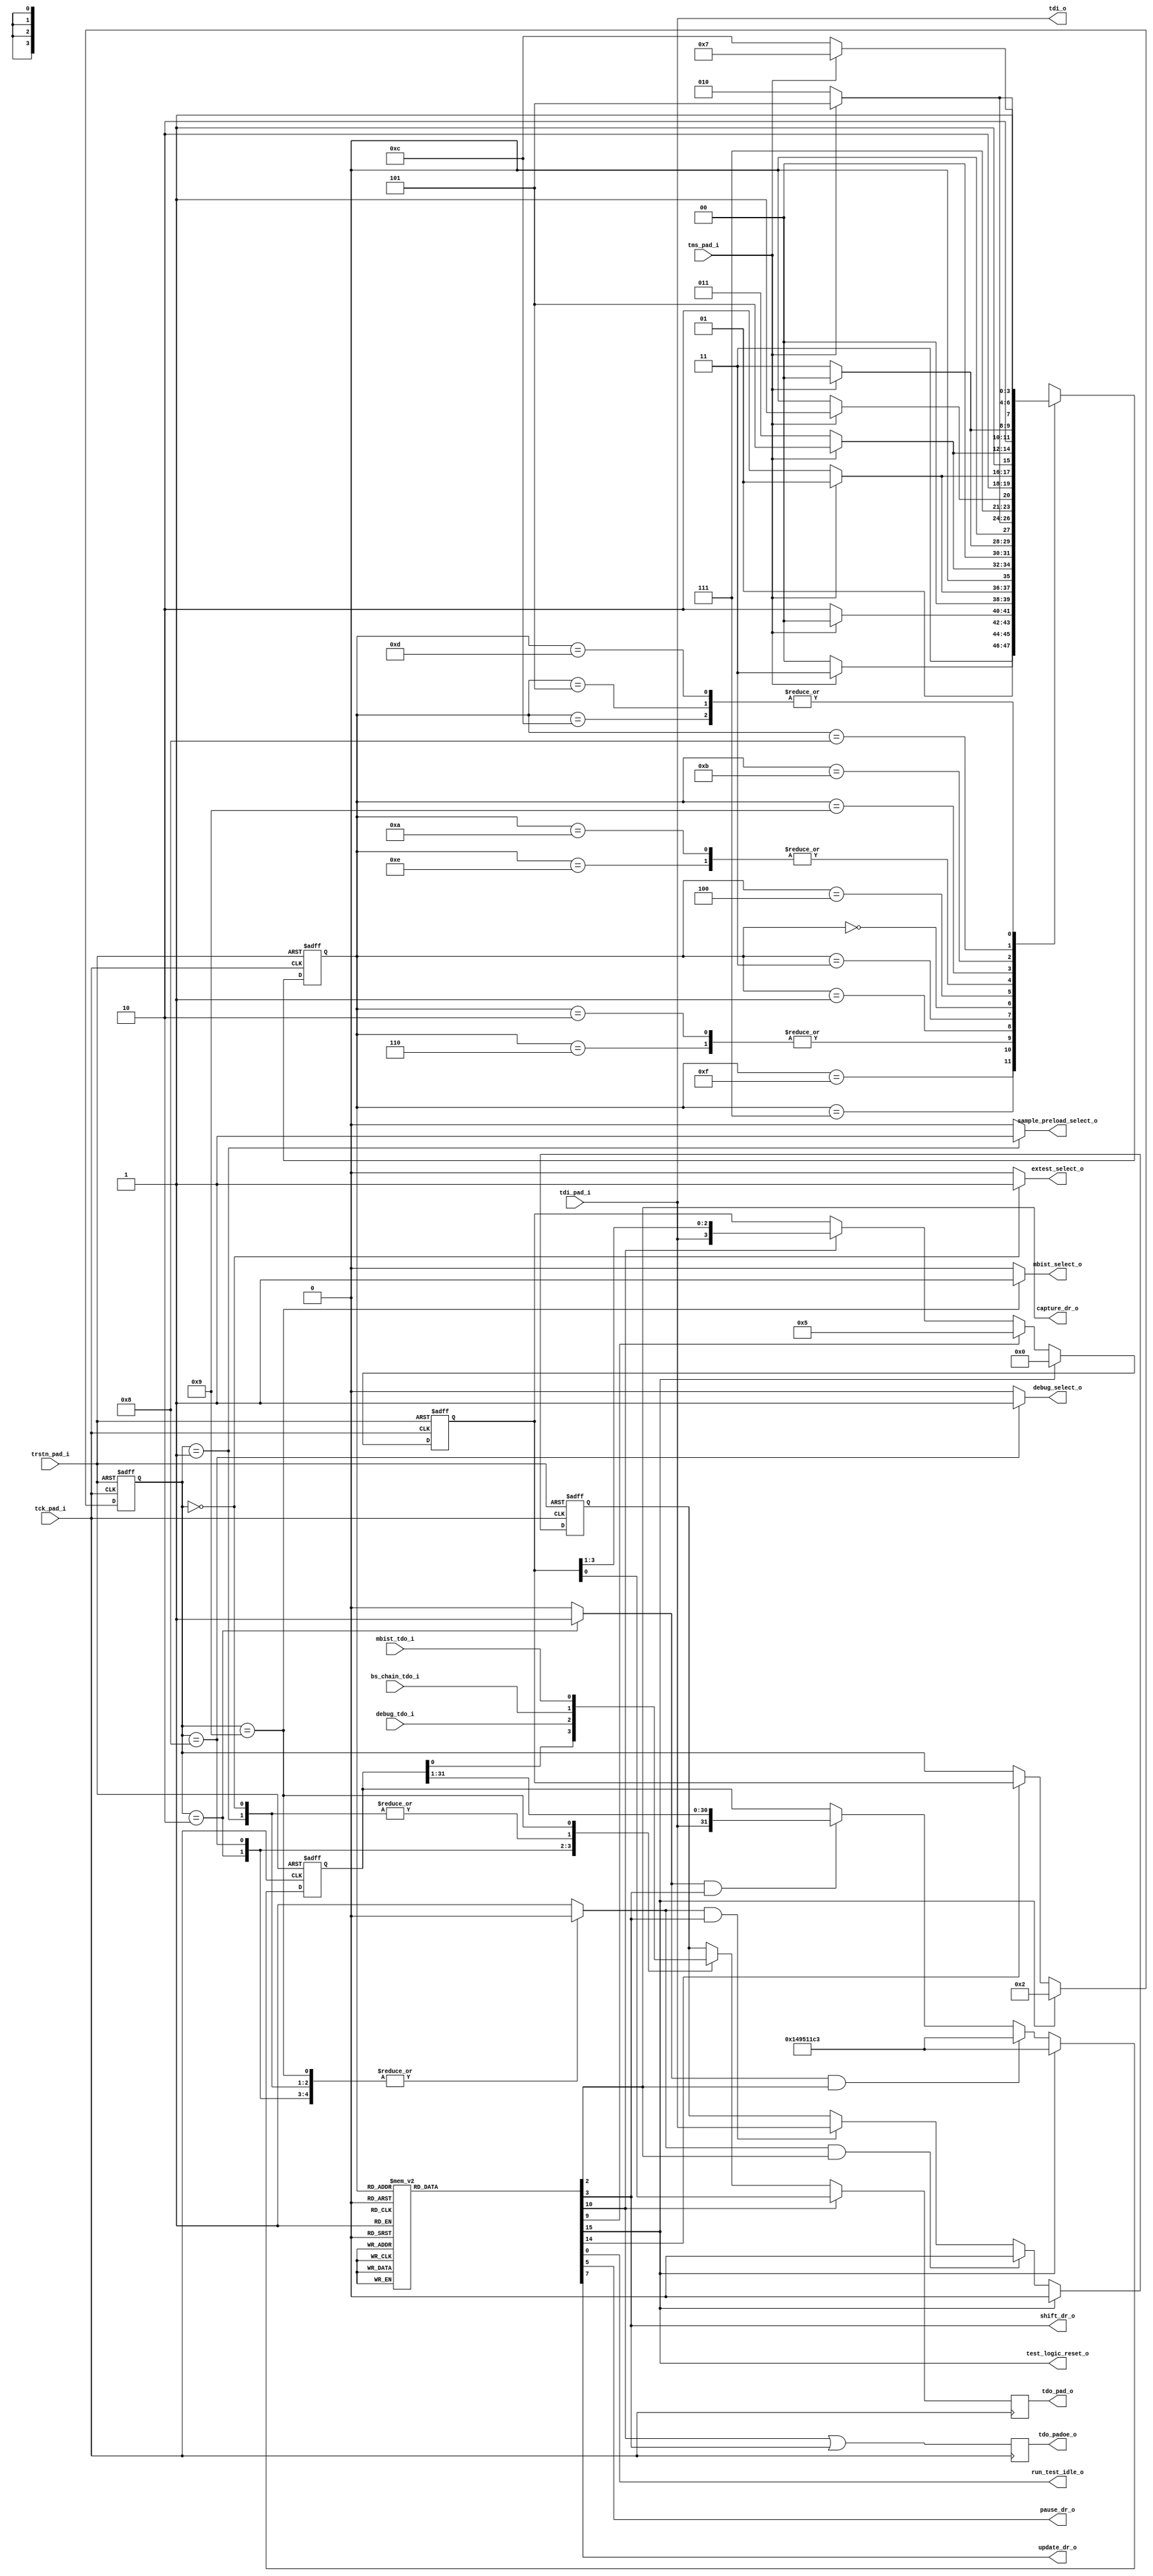
`timescale 1ns / 1ps
//////////////////////////////////////////////////////////////////////////////////
// Company: 
// Engineer: 
// 
// Design Name: 
// Module Name: tap_top
// Project Name: 
// Target Devices: 
// Tool Versions: 
// Description: 
// 
// Dependencies: 
// 
// Revision:
// Revision 0.01 - File Created
// Additional Comments:
// 
//////////////////////////////////////////////////////////////////////////////////

// Define IDCODE Value
`define IDCODE_VALUE  32'h149511c3
// 0001             version
// 0100100101010001 part number (IQ)
// 00011100001      manufacturer id (flextronics)
// 1                required by standard

// Length of the Instruction register
`define	IR_LENGTH	4

// Supported Instructions
`define EXTEST          4'b0000
`define SAMPLE_PRELOAD  4'b0001
`define IDCODE          4'b0010
`define DEBUG           4'b1000
`define MBIST           4'b1001
`define BYPASS          4'b1111
 
module tap_top(
                // JTAG pads
                tms_pad_i, 
                tck_pad_i, 
                trstn_pad_i, 
                tdi_pad_i, 
                tdo_pad_o, 
                tdo_padoe_o,

                // TAP states
				test_logic_reset_o,
				run_test_idle_o,
                shift_dr_o,
                pause_dr_o, 
                update_dr_o,
                capture_dr_o,
                
                // Select signals for boundary scan or mbist
                extest_select_o, 
                sample_preload_select_o,
                mbist_select_o,
                debug_select_o,
                
                // TDO signal that is connected to TDI of sub-modules.
                tdi_o, 
                
                // TDI signals from sub-modules
                debug_tdo_i,    // from debug module
                bs_chain_tdo_i, // from Boundary Scan Chain
                mbist_tdo_i     // from Mbist Chain
              );


// JTAG pins
input   tms_pad_i;      // JTAG test mode select pad
input   tck_pad_i;      // JTAG test clock pad
input   trstn_pad_i;     // JTAG test reset pad
input   tdi_pad_i;      // JTAG test data input pad
output  tdo_pad_o;      // JTAG test data output pad
output  tdo_padoe_o;    // Output enable for JTAG test data output pad 

// TAP states
output  test_logic_reset_o;
output  run_test_idle_o;
output  shift_dr_o;
output  pause_dr_o;
output  update_dr_o;
output  capture_dr_o;

// Select signals for boundary scan or mbist
output  extest_select_o;
output  sample_preload_select_o;
output  mbist_select_o;
output  debug_select_o;

// TDO signal that is connected to TDI of sub-modules.
output  tdi_o;

// TDI signals from sub-modules
input   debug_tdo_i;    // from debug module
input   bs_chain_tdo_i; // from Boundary Scan Chain
input   mbist_tdo_i;    // from Mbist Chain

// Wires which depend on the state of the TAP FSM
reg     test_logic_reset;
reg     run_test_idle;
reg     select_dr_scan;
reg     capture_dr;
reg     shift_dr;
reg     exit1_dr;
reg     pause_dr;
reg     exit2_dr;
reg     update_dr;
reg     select_ir_scan;
reg     capture_ir;
reg     shift_ir;
reg     exit1_ir;
reg     pause_ir;
reg     exit2_ir;
reg     update_ir;

// Wires which depend on the current value in the IR
reg     extest_select;
reg     sample_preload_select;
reg     idcode_select;
reg     mbist_select;
reg     debug_select;
reg     bypass_select;

// TDO and enable
reg     tdo_pad_o;
reg     tdo_padoe_o;

assign tdi_o = tdi_pad_i;

assign test_logic_reset_o = test_logic_reset;
assign run_test_idle_o = run_test_idle;
assign shift_dr_o = shift_dr;
assign pause_dr_o = pause_dr;
assign update_dr_o = update_dr;
assign capture_dr_o = capture_dr;

assign extest_select_o = extest_select;
assign sample_preload_select_o = sample_preload_select;
assign mbist_select_o = mbist_select;
assign debug_select_o = debug_select;


/**********************************************************************************
*                                                                                 *
*   TAP State Machine: Fully JTAG compliant                                       *
*                                                                                 *
**********************************************************************************/
// Definition of machine state values.  We could one-hot encode this, and use 16
// registers, but this uses binary encoding for the minimum of 4 DFF's instead.
`define STATE_test_logic_reset 4'hF // 4'b1111
`define STATE_run_test_idle    4'hC // 4'b1100
`define STATE_select_dr_scan   4'h7 // 4'b0111
`define STATE_capture_dr       4'h6 // 4'b0110
`define STATE_shift_dr         4'h2 // 4'b0010
`define STATE_exit1_dr         4'h1 // 4'b0001
`define STATE_pause_dr         4'h3 // 4'b0011
`define STATE_exit2_dr         4'h0 // 4'b0000
`define STATE_update_dr        4'h5 // 4'b0101
`define STATE_select_ir_scan   4'h4 // 4'b0100
`define STATE_capture_ir       4'hE // 4'b1110
`define STATE_shift_ir         4'hA // 4'b1010
`define STATE_exit1_ir         4'h9 // 4'b1001
`define STATE_pause_ir         4'hB // 4'b1011
`define STATE_exit2_ir         4'h8 // 4'b1000
`define STATE_update_ir        4'hD // 4'b1101

reg [3:0] TAP_state = `STATE_test_logic_reset;  // current state of the TAP controller
reg [3:0] next_TAP_state;  // state TAP will take at next rising TCK, combinational signal

// sequential part of the FSM
always @ (posedge tck_pad_i or negedge trstn_pad_i)
begin
	if(trstn_pad_i == 0)
		TAP_state = `STATE_test_logic_reset;
	else
		TAP_state = next_TAP_state;
end


// Determination of next state; purely combinatorial
always @ (TAP_state or tms_pad_i)
begin
	case(TAP_state)
		`STATE_test_logic_reset:
			begin
			if(tms_pad_i) next_TAP_state = `STATE_test_logic_reset; 
			else next_TAP_state = `STATE_run_test_idle;
			end
		`STATE_run_test_idle:
			begin
			if(tms_pad_i) next_TAP_state = `STATE_select_dr_scan; 
			else next_TAP_state = `STATE_run_test_idle;
			end
		`STATE_select_dr_scan:
			begin
			if(tms_pad_i) next_TAP_state = `STATE_select_ir_scan; 
			else next_TAP_state = `STATE_capture_dr;
			end
		`STATE_capture_dr:
			begin
			if(tms_pad_i) next_TAP_state = `STATE_exit1_dr; 
			else next_TAP_state = `STATE_shift_dr;
			end
		`STATE_shift_dr:
			begin
			if(tms_pad_i) next_TAP_state = `STATE_exit1_dr; 
			else next_TAP_state = `STATE_shift_dr;
			end
		`STATE_exit1_dr:
			begin
			if(tms_pad_i) next_TAP_state = `STATE_update_dr; 
			else next_TAP_state = `STATE_pause_dr;
			end
		`STATE_pause_dr:
			begin
			if(tms_pad_i) next_TAP_state = `STATE_exit2_dr; 
			else next_TAP_state = `STATE_pause_dr;
			end
		`STATE_exit2_dr:
			begin
			if(tms_pad_i) next_TAP_state = `STATE_update_dr; 
			else next_TAP_state = `STATE_shift_dr;
			end
		`STATE_update_dr:
			begin
			if(tms_pad_i) next_TAP_state = `STATE_select_dr_scan; 
			else next_TAP_state = `STATE_run_test_idle;
			end
		`STATE_select_ir_scan:
			begin
			if(tms_pad_i) next_TAP_state = `STATE_test_logic_reset;
			else next_TAP_state = `STATE_capture_ir;
			end
		`STATE_capture_ir:
			begin
			if(tms_pad_i) next_TAP_state = `STATE_exit1_ir; 
			else next_TAP_state = `STATE_shift_ir;
			end
		`STATE_shift_ir:
			begin
			if(tms_pad_i) next_TAP_state = `STATE_exit1_ir; 
			else next_TAP_state = `STATE_shift_ir;
			end
		`STATE_exit1_ir:
			begin
			if(tms_pad_i) next_TAP_state = `STATE_update_ir;
			else next_TAP_state = `STATE_pause_ir;
			end
		`STATE_pause_ir:
			begin
			if(tms_pad_i) next_TAP_state = `STATE_exit2_ir;
			else next_TAP_state = `STATE_pause_ir;
			end
		`STATE_exit2_ir:
			begin
			if(tms_pad_i) next_TAP_state = `STATE_update_ir;
			else next_TAP_state = `STATE_shift_ir;
			end
		`STATE_update_ir:
			begin
			if(tms_pad_i) next_TAP_state = `STATE_select_dr_scan;
			else next_TAP_state = `STATE_run_test_idle;
			end
		default: next_TAP_state = `STATE_test_logic_reset;  // can't actually happen
	endcase
end


// Outputs of state machine, pure combinatorial
always @ (TAP_state)
begin
	// Default everything to 0, keeps the case statement simple
	test_logic_reset = 1'b0;
	run_test_idle = 1'b0;
	select_dr_scan = 1'b0;
	capture_dr = 1'b0;
	shift_dr = 1'b0;
	exit1_dr = 1'b0;
	pause_dr = 1'b0;
	exit2_dr = 1'b0;
	update_dr = 1'b0;
	select_ir_scan = 1'b0;
	capture_ir = 1'b0;
	shift_ir = 1'b0;
	exit1_ir = 1'b0;
	pause_ir = 1'b0;
	exit2_ir = 1'b0;
	update_ir = 1'b0;

	case(TAP_state)
		`STATE_test_logic_reset: test_logic_reset = 1'b1;
		`STATE_run_test_idle:    run_test_idle = 1'b1;
		`STATE_select_dr_scan:   select_dr_scan = 1'b1;
		`STATE_capture_dr:       capture_dr = 1'b1;
		`STATE_shift_dr:         shift_dr = 1'b1;
		`STATE_exit1_dr:         exit1_dr = 1'b1;
		`STATE_pause_dr:         pause_dr = 1'b1;
		`STATE_exit2_dr:         exit2_dr = 1'b1;
		`STATE_update_dr:        update_dr = 1'b1;
		`STATE_select_ir_scan:   select_ir_scan = 1'b1;
		`STATE_capture_ir:       capture_ir = 1'b1;
		`STATE_shift_ir:         shift_ir = 1'b1;
		`STATE_exit1_ir:         exit1_ir = 1'b1;
		`STATE_pause_ir:         pause_ir = 1'b1;
		`STATE_exit2_ir:         exit2_ir = 1'b1;
		`STATE_update_ir:        update_ir = 1'b1;
		default: ;
	endcase
end

/**********************************************************************************
*                                                                                 *
*   End: TAP State Machine                                                        *
*                                                                                 *
**********************************************************************************/



/**********************************************************************************
*                                                                                 *
*   jtag_ir:  JTAG Instruction Register                                           *
*                                                                                 *
**********************************************************************************/
reg [`IR_LENGTH-1:0]  jtag_ir;          // Instruction register
reg [`IR_LENGTH-1:0]  latched_jtag_ir; //, latched_jtag_ir_neg;
wire                  instruction_tdo;

always @ (posedge tck_pad_i or negedge trstn_pad_i)
begin
  if(trstn_pad_i == 0)
    jtag_ir[`IR_LENGTH-1:0] <= #1 `IR_LENGTH'b0;
  else if (test_logic_reset == 1)
	jtag_ir[`IR_LENGTH-1:0] <= #1 `IR_LENGTH'b0;
  else if(capture_ir)
    jtag_ir <= #1 4'b0101;          // This value is fixed for easier fault detection
  else if(shift_ir)
    jtag_ir[`IR_LENGTH-1:0] <= #1 {tdi_pad_i, jtag_ir[`IR_LENGTH-1:1]};
end

assign instruction_tdo = jtag_ir[0];  // This is latched on a negative TCK edge after the output MUX

// Updating jtag_ir (Instruction Register)
// jtag_ir should be latched on FALLING EDGE of TCK when capture_ir == 1
always @ (negedge tck_pad_i or negedge trstn_pad_i)
begin
  if(trstn_pad_i == 0)
    latched_jtag_ir <=#1 `IDCODE;   // IDCODE selected after reset
  else if (test_logic_reset)
    latched_jtag_ir <=#1 `IDCODE;   // IDCODE selected after reset
  else if(update_ir)
    latched_jtag_ir <=#1 jtag_ir;
end

/**********************************************************************************
*                                                                                 *
*   End: jtag_ir                                                                  *
*                                                                                 *
**********************************************************************************/



/**********************************************************************************
*                                                                                 *
*   idcode logic                                                                  *
*                                                                                 *
**********************************************************************************/
reg [31:0] idcode_reg;
wire        idcode_tdo;

always @ (posedge tck_pad_i or negedge trstn_pad_i)
begin
  if(trstn_pad_i == 0)
    idcode_reg <=#1 `IDCODE_VALUE;   // IDCODE selected after reset
  else if (test_logic_reset)
    idcode_reg <=#1 `IDCODE_VALUE;   // IDCODE selected after reset
  else if(idcode_select & capture_dr)
    idcode_reg <= #1 `IDCODE_VALUE;
  else if(idcode_select & shift_dr)
    idcode_reg <= #1 {tdi_pad_i, idcode_reg[31:1]};

end

assign idcode_tdo = idcode_reg[0];   // This is latched on a negative TCK edge after the output MUX

/**********************************************************************************
*                                                                                 *
*   End: idcode logic                                                             *
*                                                                                 *
**********************************************************************************/


/**********************************************************************************
*                                                                                 *
*   Bypass logic                                                                  *
*                                                                                 *
**********************************************************************************/
wire  bypassed_tdo;
reg   bypass_reg;  // This is a 1-bit register

always @ (posedge tck_pad_i or negedge trstn_pad_i)
begin
  if (trstn_pad_i == 0)
     bypass_reg <= #1 1'b0;
  else if (test_logic_reset == 1)
     bypass_reg <= #1 1'b0;
  else if (bypass_select & capture_dr)
    bypass_reg<=#1 1'b0;
  else if(bypass_select & shift_dr)
    bypass_reg<=#1 tdi_pad_i;
end

assign bypassed_tdo = bypass_reg;   // This is latched on a negative TCK edge after the output MUX

/**********************************************************************************
*                                                                                 *
*   End: Bypass logic                                                             *
*                                                                                 *
**********************************************************************************/


/**********************************************************************************
*                                                                                 *
*   Selecting active data register                                                *
*                                                                                 *
**********************************************************************************/
always @ (latched_jtag_ir)
begin
  extest_select           = 1'b0;
  sample_preload_select   = 1'b0;
  idcode_select           = 1'b0;
  mbist_select            = 1'b0;
  debug_select            = 1'b0;
  bypass_select           = 1'b0;

  case(latched_jtag_ir)    /* synthesis parallel_case */ 
    `EXTEST:            extest_select           = 1'b1;    // External test
    `SAMPLE_PRELOAD:    sample_preload_select   = 1'b1;    // Sample preload
    `IDCODE:            idcode_select           = 1'b1;    // ID Code
    `MBIST:             mbist_select            = 1'b1;    // Mbist test
    `DEBUG:             debug_select            = 1'b1;    // Debug
    `BYPASS:            bypass_select           = 1'b1;    // BYPASS
    default:            bypass_select           = 1'b1;    // BYPASS
  endcase
end


/**********************************************************************************
*                                                                                 *
*   Multiplexing TDO data                                                         *
*                                                                                 *
**********************************************************************************/



reg tdo_mux_out;  // really just a wire

always @ (shift_ir or instruction_tdo or latched_jtag_ir or idcode_tdo or
          debug_tdo_i or bs_chain_tdo_i or mbist_tdo_i or bypassed_tdo or
			bs_chain_tdo_i)
begin
  if(shift_ir)
    tdo_mux_out = instruction_tdo;
  else
    begin
      case(latched_jtag_ir)    // synthesis parallel_case
        `IDCODE:            tdo_mux_out = idcode_tdo;       // Reading ID code
        `DEBUG:             tdo_mux_out = debug_tdo_i;      // Debug
        `SAMPLE_PRELOAD:    tdo_mux_out = bs_chain_tdo_i;   // Sampling/Preloading
        `EXTEST:            tdo_mux_out = bs_chain_tdo_i;   // External test
        `MBIST:             tdo_mux_out = mbist_tdo_i;      // Mbist test
        default:            tdo_mux_out = bypassed_tdo;     // BYPASS instruction
      endcase
    end
end


// TDO changes state at negative edge of TCK
always @ (negedge tck_pad_i)
begin
	tdo_pad_o = tdo_mux_out;
end


// Tristate control for tdo_pad_o pin
always @ (posedge tck_pad_i)
begin
  tdo_padoe_o <= #1 shift_ir | shift_dr;
end
/**********************************************************************************
*                                                                                 *
*   End: Multiplexing TDO data                                                    *
*                                                                                 *
**********************************************************************************/

endmodule